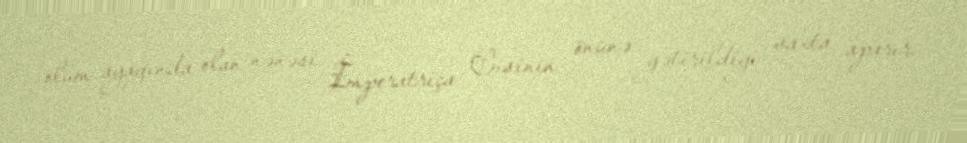
ölüm ayağında olan nənəsi İmperatriça Cısinin önünə gətirildiyi vaxta aparır.